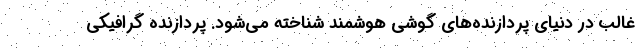
غالب در دنیای پردازنده‌های گوشی هوشمند شناخته می‌شود. پردازنده گرافیکی